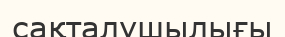
сақталушылығы